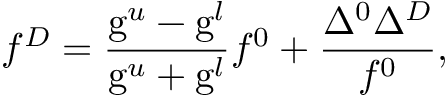
f ^ { { \cal D } } = \frac { \mathrm { g } ^ { u } - \mathrm { g } ^ { l } } { \mathrm { g } ^ { u } + \mathrm { g } ^ { l } } f ^ { 0 } + \frac { \Delta ^ { 0 } \Delta ^ { \cal D } } { f ^ { 0 } } ,